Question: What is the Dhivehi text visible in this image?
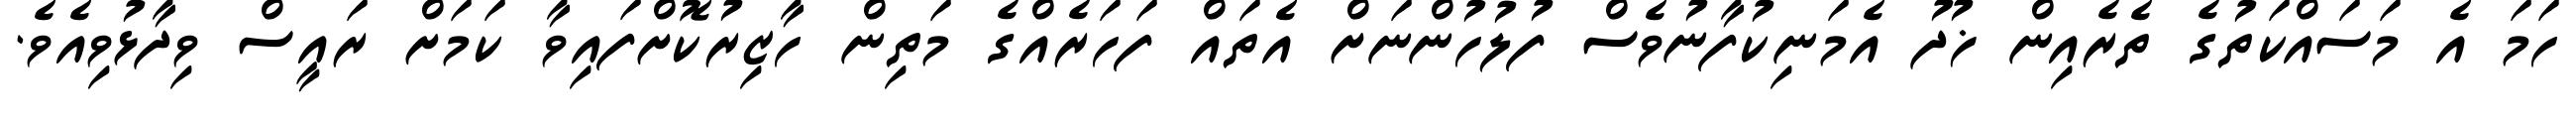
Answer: ހަމަ އެ މަސައްކަތުގެ ތެރެއިން ޚުދު އެމަނިކުފާނުވެސް ފުލުހުންނަށް އެތައް ފަހަރެއްގެ މަތިން ހާޒިރުކޮށްފައިވާ ކަމަށް ރައީސް ވިދާޅުވިއެވެ.